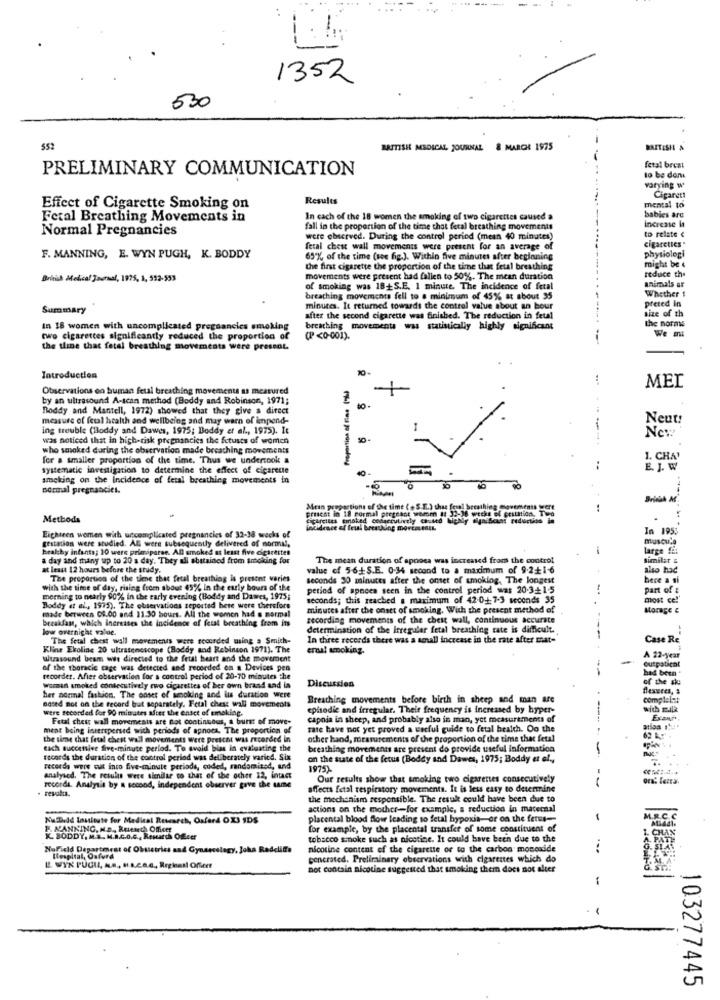
1352
530
552
BRITISH MEDICAL JOURNAL 8 MARCH 1975
BRITISHI &
fetal breat
PRELIMINARY COMMUNICATION
to be don
varying w
Results
Cigaret!
Effect of Cigarette Smoking on
mental to
babies ard
Fetal Breathing Movements in
In cach of the 18 women the smoking of two cigarettes caused a
Increase in
Normal Pregnancies
fall in the proportion of the time that fetal breathing movements
to relate <
were observed. During the control period (mean 40 minutes)
cigarettes"
ferai chest wall movements were present for an average of
physiologi
F. MANNING, E. WYN PUGH, K. BODDY
69% of the time (see fig.). Within five minutes after beginning
might be
the first cigarette the proportion of the time that fetal breathing
reduce the
British Medical Journal, 1975, 1, 552-553
movements were present had fallen to 50%. The mean duration
animals ar
of smoking was 18+S.E. 1 minute. The incidence of fetal
Whether 1
breathing movements fell to a minimum of 45% at about 95
preted in
Summary
minutes. It returned towards the control value about an hour
size of th
after the second cigarette was finished. The reduction in fetal
the norms
In 18 women with uncomplicated pregnancies smoking
In 18 women with uncomplicated pregnancies smoking breathing movements was statistically highly significant
two cigarettes significantly reduced the proportion of
(P<0-001).
i
We mi
the tline that fetal breathing movements were present.
Introduction
Proportion of Ens (%)
Observations on human fetal breathing movements as measured
MEL
by an ultrasound A-scan method (Boddy and Robinson, 1971;
Boddy and Mantell, 1972) showed that they give a direct
measure of fetal health and wellbeing and may warn of impend-
Neut:
ing trouble (Bloddy and Dawes, 1975; Boddy et al ., 1975). It
New
was noticed that in high-risk pregnancies the fetuses of women
----.
who smoked daring the observation made breaching movements
for a smaller proportion of the time. Thus we undertook a
1. CHA
systematic investigation to determine the effect of cigarette
:
E. J. W
ameking on the Incidence of fetal breathing movements in
normal pregnancies.
Mean propactions of the time ( + S.E.) thus fewal breathing chovem
Methods
precat in 18 pormal pregnant women at 13-18 weeks of cestation, The
.
Eighteen women with uscomplicated pregnancies of 32-18 wecks of
incidence of Tesal breathing movementk.
In 195:
gestation were studied. Al were subsequently delivered of normal,
muscula
healthy infants; 10 were primiparee. AD smoked at least five cigarettes
-
large SE
a day and many up to 20 a day. They all abstained from smoking for
The mean duration of apnoea was increased from the control
similar :
at least 12 hours before the study.
value of 5-6+S.E. 0-34 second to a maximum of 9.2+1-6
also hac
The proportion of the tiene that fetal breathing is present varies
seconds 30 minutes after the onset of smoking, The longest
here a si
with the time of day, rising from about 45% In the early hours of the
period of apnces seen in the control period was 20-3+1-5
part of :
morning to nearly 90% in the early evening (Boddy and Dawes, 1975;
seconds; this reached a maximum of 42-017-3 seconds 35
most ce!'
Boddy et al ., 1995). The observations reported hete were therefore
minutes after the onset of smoking. With the present method of
Marage &
made berween 09.00 and 11.30 hours. All the women had a mormal
breakfas, which increases the incidence of fetal breathing from its
recording movements of the chest wall, continuous accurate
low overnight value.
determination of the Irregular fetal breathing rate is difficult.
The fetal chest wall movements were recorded using a Smich-
In three records there was a small increase in the rate after mat-
Case Re
Kline Ekoline 20 ultrasenescope (Boddy and Rebinson 1971). The
erna! smoking.
ultzasound beam wie directed to the fetal heart and the movement
A 22-year
of the thoracic cage was detected and recorded on a Devices pen
had been
outpatical
recorder. After observation for a control period of 20-70 minutes the
of the ske
Woman smoked consecutively ewo cigarettes of her own brand and ia
Discussion
flexeres, s
her normal fashion. The onset of smoking and its duration were
Breathing movements before birth in sheep and man are
complelet
Based not on the record but separately. Fetal chess wall movements
were recorded for 90 minutes after the onset of smoking.
episodic and irregular. Their frequency is increased by hyper-
with ER
Fetal chest wall movements are not continuous, a burst of move-
capnia in sheep, and probably also in man, yet measurements of
Exart.
ment being interspersed with periods of apnoca. The proportion of
rare have not yet proved a useful guide to fetal health. Oo the
the time that fetal chest wall movements Were prescht was recorded In
other hand, measurements of the proportion of the time that fetal
62 Ar -
tach successive five-minute perlod. To avoid bias in evaluating the
breathing movements are present do provide useful information
-
records the duration of the control period was deliberately varit4. Six
on the state of the fetus (Boddy and Dawes, 1975; Boddy et al .,
recorda were cut into five-minute periods, coded, randomized, and
1975)
ed. The results Were sienilar to that of the other 12, intact
Our results show that smoking two cigarettes consecutively
records. Analysis by a second, independent observer gave the same
affects fetal respiratory movements. It is less easy to determine
the mechanism responsible. The result could have been due to
actions on the mother-for example, a reduction in maternal
Na.D.dd Inminute for Medical Research, Oxford OXI SDS
placental blood flow leading to fetal hypoxia-or on the ferus-
1. MANKING. N.D ., Ruenech Offert
for example, by the placental transfer of some constituent of
K. BODDY. M.R. M.R.C.O.C ., ReHarth Ofcer
tobacco smoke such as nicotine. It could have been due to the
NoField Department of Obstetrics and Gynecology, Joha Radcliffe
nicotine content of the cigarette or to the carbon monoxide
...
EL WYN PUGIL, ..., H.L.c.A.c ., Reglas! Officer
Hospital, Oxford
gencrated. Preliminary observations with cigarettes which do
not contain nicotine suggested that smoking them does not alter
-
103277445